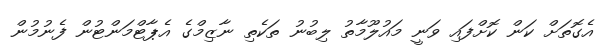
އެގޮތަށް ކަން ކޮށްފައި ވަނީ މައުލޫމާތު ލިބުނު ތަކެތި ނާޒިމްގެ އެޕާޓްމަންޓުން ފެނުމުން